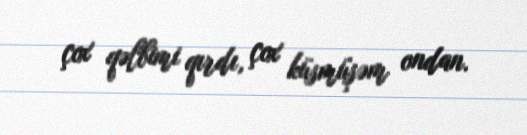
çox qəlbimi qırdı, çox küsmüşəm ondan.